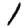
Digit: 1